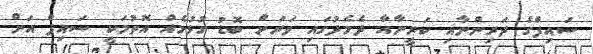
ސައިފްގެ ދަރިންނާއި ކަރީނާއާ ދެމެދުގައި ވަރަށް ބޮޑު ގުޅުމެއް އޮތުމަކީ ސައިފް އަށް